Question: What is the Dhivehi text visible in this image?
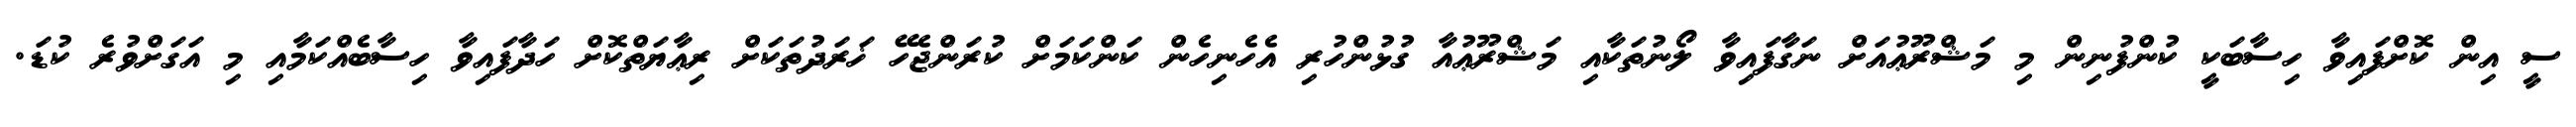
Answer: ސީ އިން ކޮށްފައިވާ ހިސާބަކީ ކުންފުނިން މި މަޝްރޫޢުއަށް ނަގާފައިވާ ލޯނުތަކާއި މަޝްރޫޢުއާ ގުޅުންހުރި އެހެނިހެން ކަންކަމަށް ކުރަންޖެހޭ ޚަރަދުތަކަށް ރިޢާޔަތްކޮށް ހަދާފައިވާ ހިސާބެއްކަމާއި މި އަގަށްވުރެ ކުޑަ.